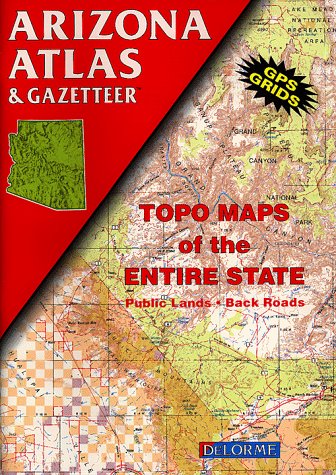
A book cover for Arizona Atlas & Gazetteer; Delorme Mapping Company; Travel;